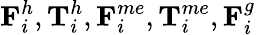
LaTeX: \textbf{F}_{i}^{h},\textbf{T}_{i}^{h},\textbf{F}_{i}^{me},\textbf{T}_{i}^{me},\textbf{F}_{i}^{g}